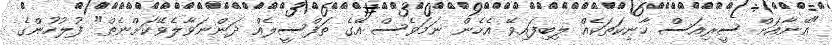
"އޭނާއަށް ސީރިއަސް ހާނިކަތަކެއް ލިބިފައިވޭ އެހެން ނަމަވެސް އޭގެ ތަފްސީލެއް ދަންނަވާލެވޭކަށްނެތް" ފުލުހުންގެ